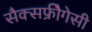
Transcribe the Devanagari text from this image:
सैक्सफ्रीैगेसी